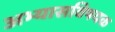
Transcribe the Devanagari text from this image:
अभ्यासविषयक